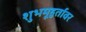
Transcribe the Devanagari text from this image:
शुभमूहुर्तावर